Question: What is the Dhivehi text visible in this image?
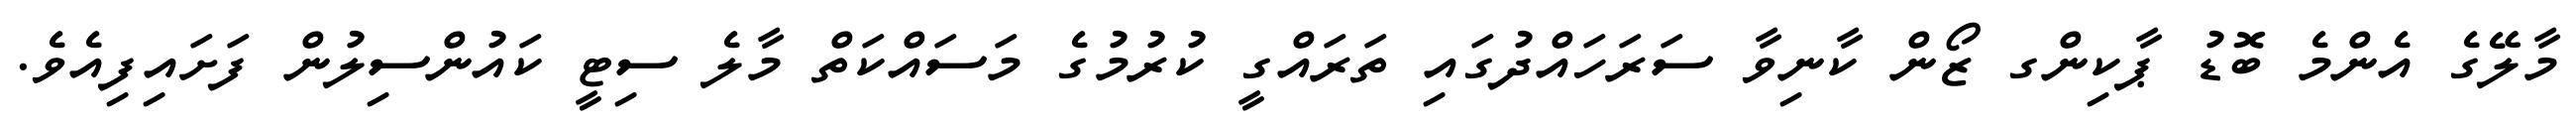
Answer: މާލޭގެ އެންމެ ބޮޑު ޕާކިންގ ޒޯން ކާނިވާ ސަރަހައްދުގައި ތަރައްގީ ކުރުމުގެ މަސައްކަތް މާލެ ސިޓީ ކައުންސިލުން ފަށައިފިއެވެ.